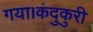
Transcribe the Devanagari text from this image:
गया।कंदुकुरी